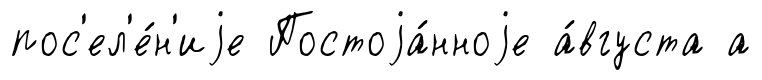
пос'ел'е́н'иjе Постоjа́нноjе а́вгуста а